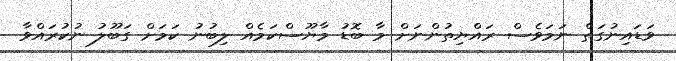
ވަޑައިނުގަތް ނަމަވެސް ރައްޔިތުންނަށް މާ ބޮޑު މާޔޫސްކަމެއް ލިބުނު ކަމަށް ގަބޫލު ނުކުރައްވާ